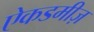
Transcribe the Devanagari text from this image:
ऐकडमीज़